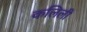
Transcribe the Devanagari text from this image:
कलिली